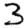
Digit: 3